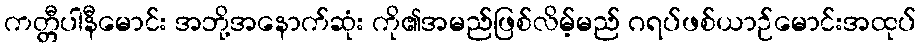
ကတ္တီပါနီမောင်း အဘို့အနောက်ဆုံး ကို၏အမည်ဖြစ်လိမ့်မည် ဂရပ်ဖစ်ယာဉ်မောင်းအထုပ်